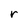
Character: r